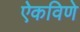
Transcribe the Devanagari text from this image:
ऐकविणे